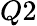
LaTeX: Q2